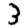
Digit: 3